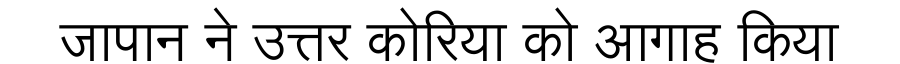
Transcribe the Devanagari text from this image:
जापान ने उत्तर कोरिया को आगाह किया